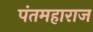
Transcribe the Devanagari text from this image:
पंतमहाराज